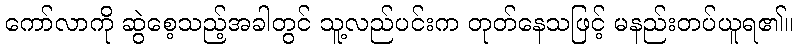
ကော်လာကို ဆွဲစေ့သည့်အခါတွင် သူ့လည်ပင်းက တုတ်နေသဖြင့် မနည်းတပ်ယူရ၏။